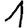
Digit: 1